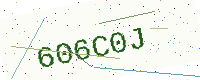
Text: 606C0J